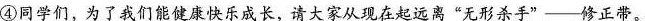
④同学们，为了我们能健康快乐成长，请大家从现在起远离”无形杀手”--修正带。